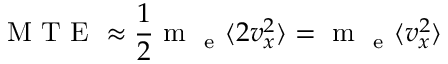
\mathrm { ~ M ~ T ~ E ~ } \approx \frac { 1 } { 2 } \mathrm { ~ m ~ } _ { \mathrm { ~ e ~ } } \langle 2 v _ { x } ^ { 2 } \rangle = \mathrm { ~ m ~ } _ { \mathrm { ~ e ~ } } \langle v _ { x } ^ { 2 } \rangle